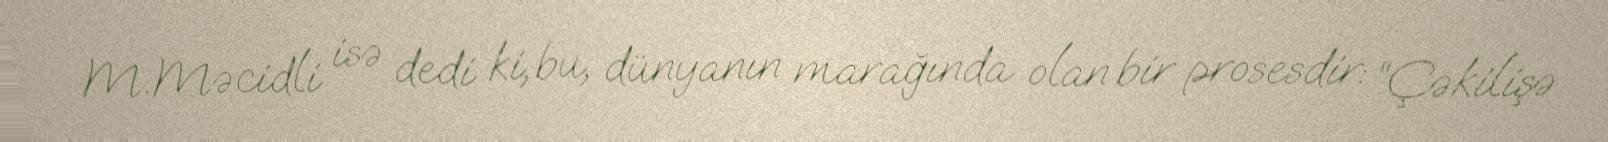
M.Məcidli isə dedi ki, bu, dünyanın marağında olan bir prosesdir: “Çəkilişə